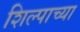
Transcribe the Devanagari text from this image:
शिल्पाच्या